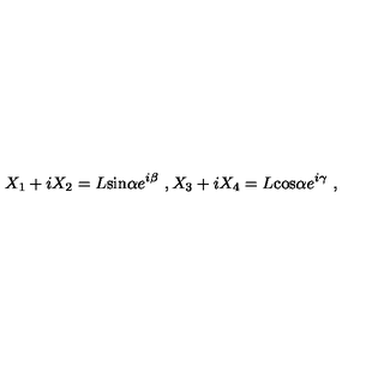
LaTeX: X _ { 1 } + i X _ { 2 } = L \mathrm { s i n } \alpha e ^ { i \beta } \ , X _ { 3 } + i X _ { 4 } = L \mathrm { c o s } \alpha e ^ { i \gamma } \ ,